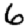
Digit: 6